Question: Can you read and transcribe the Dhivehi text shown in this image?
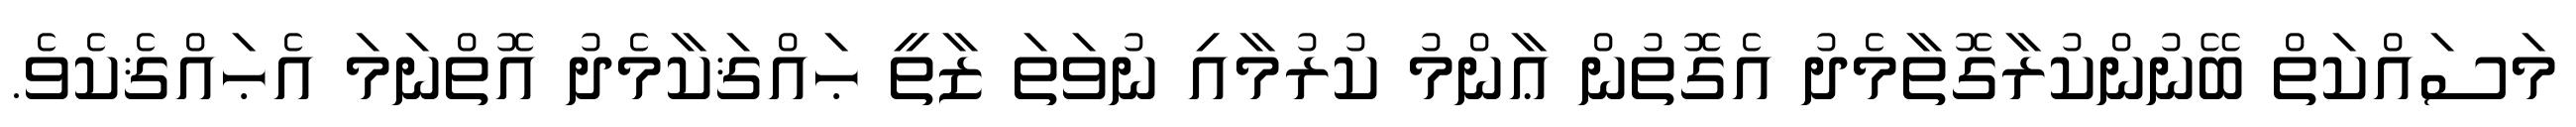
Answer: މަސައްކަތް ބޭނުންކުރާގޮތާމެދު އެގޮތުން ޢާންމު ކުރުމާއި ނުވަތަ ޒާތީ ޙައްޤަކާމެދު އޮތްނަމަ އެޙައްޤެކެވެ.